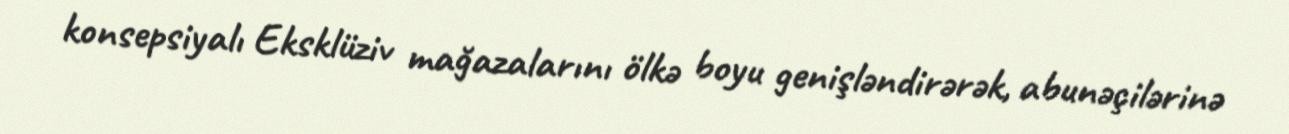
konsepsiyalı Eksklüziv mağazalarını ölkə boyu genişləndirərək, abunəçilərinə